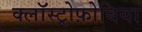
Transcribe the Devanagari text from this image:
क्लॉस्ट्रोफ़ोबिया